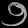
Digit: ၅